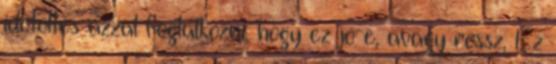
idõtöltés azzal foglalkozni, hogy ez jó-e, avagy rossz. Ez